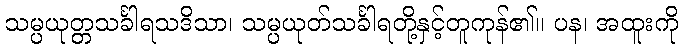
သမ္ပယုတ္တသင်္ခါရသဒိသာ၊ သမ္ပယုတ်သင်္ခါရတို့နှင့်တူကုန်၏။ ပန၊ အထူးကို